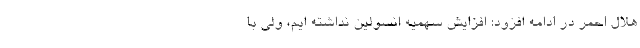
هلال احمر در ادامه افزود: افزایش سهمیه انسولین نداشته ایم، ولی با